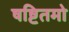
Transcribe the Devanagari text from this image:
षष्टितमो